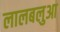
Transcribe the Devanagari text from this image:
लालबलुआ